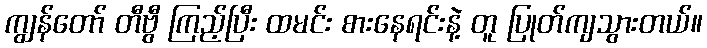
ကျွန်တော် တီဗွီ ကြည့်ပြီး ထမင်း စားနေရင်းနဲ့ တူ ပြုတ်ကျသွားတယ်။